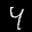
Label: 4